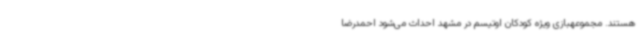
هستند. مجموعهبازی ویژه کودکان اوتیسم در مشهد احداث می‌شود احمدرضا